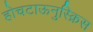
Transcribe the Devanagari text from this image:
होचटाऊनुस्क्रिस